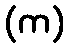
(က)